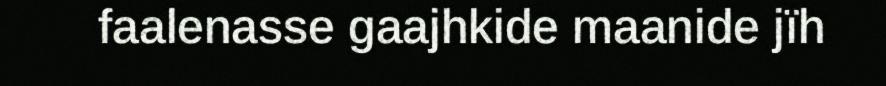
faalenasse gaajhkide maanide jïh